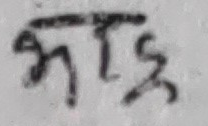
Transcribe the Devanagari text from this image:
भाइ